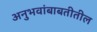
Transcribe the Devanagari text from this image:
अनुभवांबाबतीतील